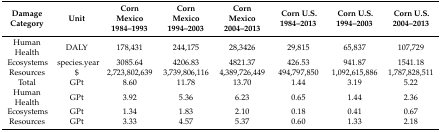
<table><thead><tr><td><b>Damage Category</b></td><td><b>Unit</b></td><td><b>Corn Mexico 1984–1993</b></td><td><b>Corn Mexico 1994–2003</b></td><td><b>Corn Mexico 2004–2013</b></td><td><b>Corn U.S. 1984–2013</b></td><td><b>Corn U.S. 1994–2003</b></td><td><b>Corn U.S. 2004–2013</b></td></tr></thead><tbody><tr><td>Human Health</td><td>DALY</td><td>178,431</td><td>244,175</td><td>28,3426</td><td>29,815</td><td>65,837</td><td>107,729</td></tr><tr><td>Ecosystems</td><td>species.year</td><td>3085.64</td><td>4206.83</td><td>4821.37</td><td>426.53</td><td>941.87</td><td>1541.18</td></tr><tr><td>Resources</td><td>$</td><td>2,723,802,639</td><td>3,739,806,116</td><td>4,389,726,449</td><td>494,797,850</td><td>1,092,615,886</td><td>1,787,828,511</td></tr><tr><td>Total</td><td>GPt</td><td>8.60</td><td>11.78</td><td>13.70</td><td>1.44</td><td>3.19</td><td>5.22</td></tr><tr><td>Human Health</td><td>GPt</td><td>3.92</td><td>5.36</td><td>6.23</td><td>0.65</td><td>1.44</td><td>2.36</td></tr><tr><td>Ecosystems</td><td>GPt</td><td>1.34</td><td>1.83</td><td>2.10</td><td>0.18</td><td>0.41</td><td>0.67</td></tr><tr><td>Resources</td><td>GPt</td><td>3.33</td><td>4.57</td><td>5.37</td><td>0.60</td><td>1.33</td><td>2.18</td></tr></tbody></table>